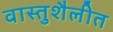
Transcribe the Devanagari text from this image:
वास्तुशैलीत